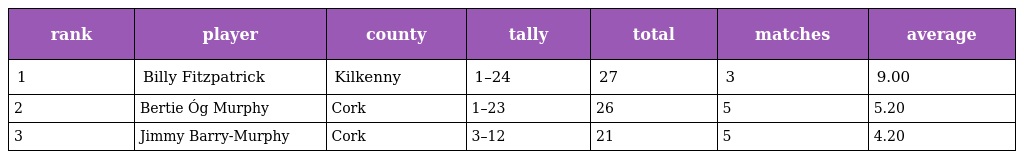
| rank | player | county | tally | total | matches | average |
 | --- | --- | --- | --- | --- | --- | --- |
 | 1 | Billy Fitzpatrick | Kilkenny | 1–24 | 27 | 3 | 9.00 |
 | 2 | Bertie Óg Murphy | Cork | 1–23 | 26 | 5 | 5.20 |
 | 3 | Jimmy Barry-Murphy | Cork | 3–12 | 21 | 5 | 4.20 |